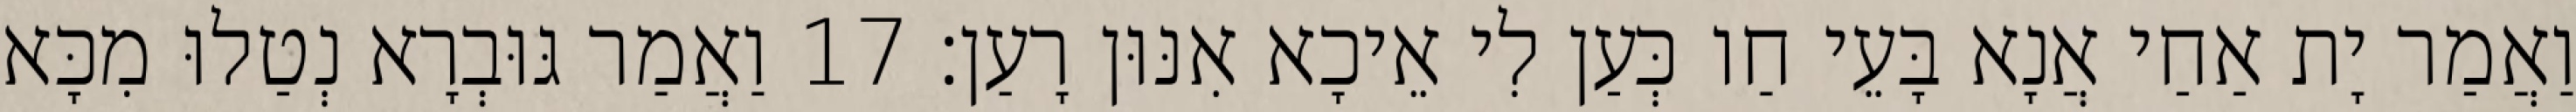
וַאֲמַר יָת אַחַי אֲנָא בָּעֵי חַו כְּעַן לִי אֵיכָא אִנּוּן רָעַן׃ 17 וַאֲמַר גּוּבְרָא נְטַלוּ מִכָּא